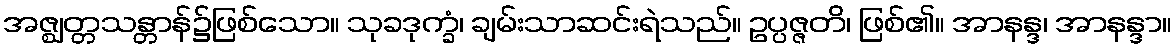
အဇ္ဈတ္တသန္တာန်၌ဖြစ်သော။ သုခဒုက္ခံ၊ ချမ်းသာဆင်းရဲသည်။ ဥပ္ပဇ္ဇတိ၊ ဖြစ်၏။ အာနန္ဒ၊ အာနန္ဒာ။